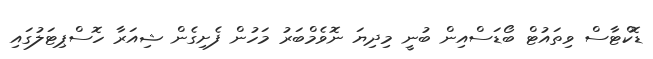
ޑޮކްޓާސް ވިތައުޓް ބޯޑަސްއިން ބުނީ މިދިޔަ ނޮވެމްބަރު މަހުން ފެށިގެން ޝިއަރާ ހޮސްޕިޓަލުގައި